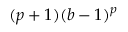
( p + 1 ) ( b - 1 ) ^ { p }